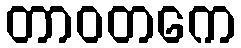
တာဝတကေ